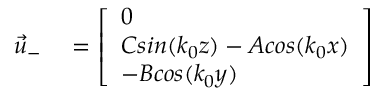
\begin{array} { r l } { \vec { u } _ { - } } & { { } = \left[ \begin{array} { l } { 0 } \\ { C s i n ( k _ { 0 } z ) - A c o s ( k _ { 0 } x ) } \\ { - B c o s ( k _ { 0 } y ) } \end{array} \right] } \end{array}